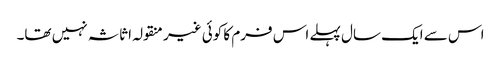
اس سے ایک سال پہلے اس فرم کا کوئی غیر منقولہ اثاثہ نہیں تھا۔